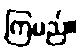
ကြမည်။